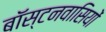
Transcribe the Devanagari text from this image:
बॉस्टनवासियों